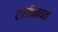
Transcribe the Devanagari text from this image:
टोलीनायक